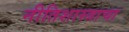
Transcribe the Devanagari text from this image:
नीतिशास्त्राचा